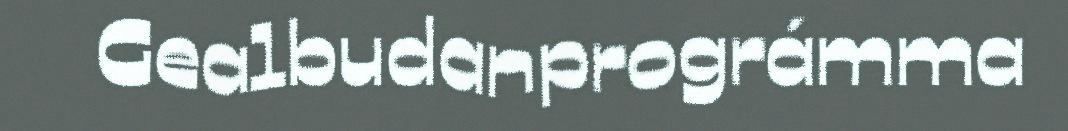
Gealbudanprográmma